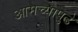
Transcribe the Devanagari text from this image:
आमच्यापुढे